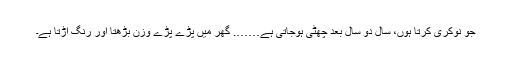
جو نوکری کرتا ہوں، سال دو سال بعد چھٹی ہوجاتی ہے……. گھر میں پڑے پڑے وزن بڑھتا اور رنگ اُڑتا ہے۔